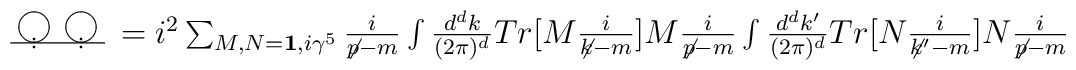
\setlength{\unitlength}{1mm}\begin{picture}(150,14)\put(5,5){\line(1,0){12}}\put(8,7){\circle{4}}\put(8,5.5){\circle*{0.5}}\put(8,4.5){\circle*{0.5}}\put(14,7){\circle{4}}\put(14,5.5){\circle*{0.5}}\put(14,4.5){\circle*{0.5}}\put(19,5){$=i^{2}\sum_{M,N={\bf 1},i\gamma^{5}}{i\over \not p-m}\int {d^{d}k\over (2\pi )^{d}}Tr[M{i\over \not k-m}]M{i\over \not p-m}                          \int {d^{d}k'\over (2\pi )^{d}}Tr[N{i\over \not k'-m}]N{i\over \not p-m}$}\end{picture}